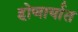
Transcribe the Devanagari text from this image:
होणार्यात